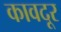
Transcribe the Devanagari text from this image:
कावदूर